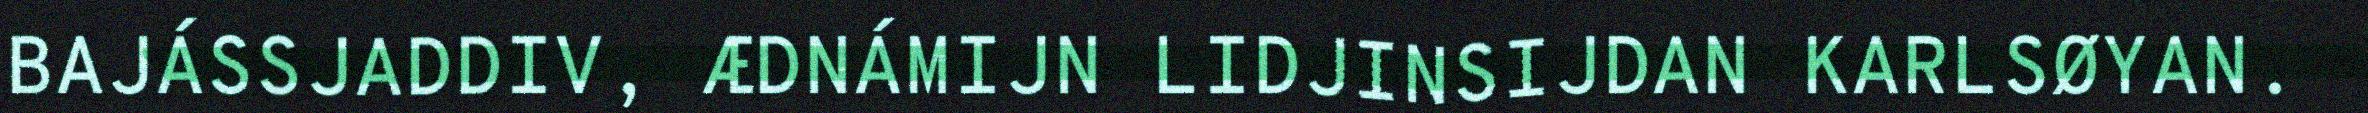
BAJÁSSJADDIV, ÆDNÁMIJN LIDJINSIJDAN KARLSØYAN.